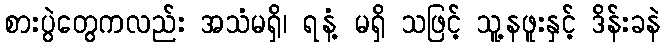
စားပွဲတွေကလည်း အသံမရှိ၊ ရနံ့ မရှိ သဖြင့် သူ့နဖူးနှင့် ဒိန်းခနဲ